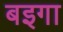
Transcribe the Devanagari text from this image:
बइगा